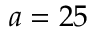
a = 2 5